Civil Veterinary Department. Madras. Admin. report 1926-33 - 1926-1933
Year: 1926
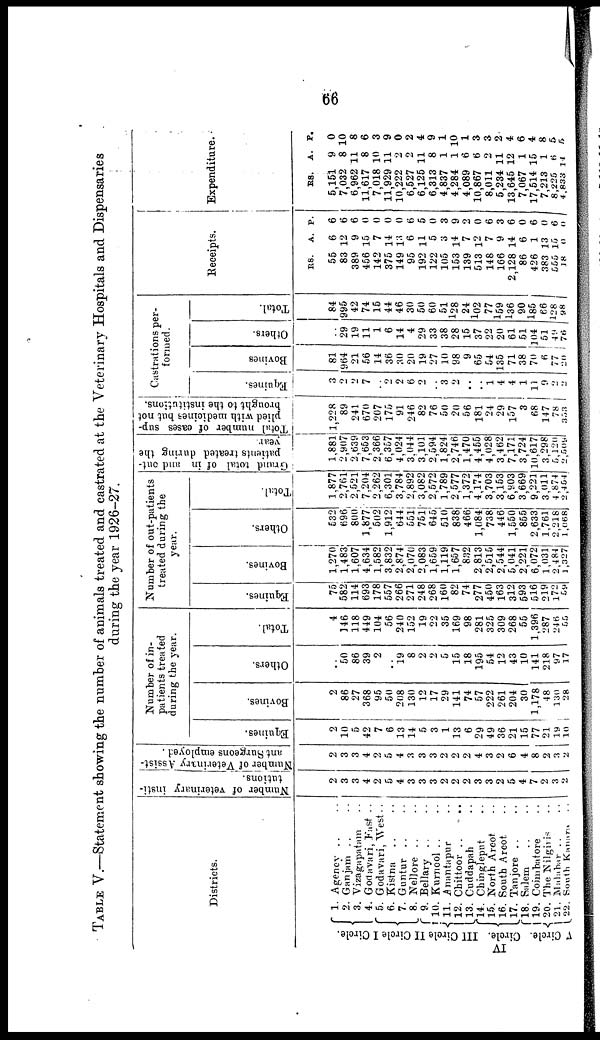
66
TABLE V.—Statement showing the number of animals treated and castrated at the Veterinary Hospitals and Dispensaries
during the year 1926-27.
Districts.
I Circle,
II Circle
III Circle
IV
Circle.
V Circle.
1. Agency .. ..
2. Ganjam .. ..
3. Vizagapatam
..
4. Godavari East ..
5. Godavari, West ..
6. Kistna
.. ..
7. Guntur ..
8. Nellore ..
9. Bellary .. ..
10. Kurnool ..
11. Anantapur ..
12. Chittoor .. ..
13. Cuddapah ..
14. Chingleput ..
15. North Arcot ..
16. South Arcot
17. Tanjore .. ..
18. Salem .. ..
19. Coimbatore ..
20. The Nilgiris ..
21. Malabar .. ..
22. South Kanara ..
Number of veterinary insti
tutions.
2
3
3
4
2
5
4
3
3
3
2
2
2
3
3
2
5
4
7
2
3
2
Number of Veterinary Assist
ant Surgeons employed.
2
3
3
4
2
5
4
3
3
3
2
2
2
4
3
2
6
4
8
2
3
2
Number of in
patients treated
during the year.
Equines.
2
10
5
42
7
6
13
14
5
3
1
13
6
29
49
36
21
15
77
21
19
10
Bovines.
2
86
27
368
95
50
208
130
12
17
29
141
74
57
222
261
204
30
1,178
48
130
28
Others.
■
50
86
39
2
..
19
8
2
2
5
15
18
195
54
12
43
10
141
218
97
17
Total.
4
146
118
449
104
56
240
152
19
22
35
169
98
281
325
309
268
55
1,396
287
246
55
Number of out-patients
treated during the
year.
Equines.
75
582
114
693
178
557
266
271
248
268
160
82
74
277
450
163
312
593
516
219
172
59
Bovines.
1,270
1,483
1,607
4,634
1,582
3,832
2,874
2,070
2,083
1,659
1,119
1,657
832
2 813
2,515
2 544
5,041
2 221
6,072
1 031
2,184
1,327
Others.
532
696
800
1,877
502
1,912
644
551
751
645
510
838
466
1,084
738
446
1,550
855
2,633
1,761
2,218
1,068
Total.
1,877
2,761
2,521
7,204
2,262
6,301
3,784
2,892
3,082
2,572
1,789
2,577
1,372
4,174
3,703
3,153
6,903
3,669
9,221
3,011
4,874
2,454
Grand total of in and out-
patients treated during the
year.
1,881
2,907
2,639
7,653
2,366
6,357
4,024
3.044
3,101
2 594
1,824
2 746
1,470
4,455
4,028
3,462
7,171
3,724
10,617
3,298
5,120
2,509
Total number of cases sup
plied with medicines but not
brought to the institutions,
1,228
89
241
670
207
175
91
246
82
76
50
20
56
181
24
29
157
3
68
147
78
353
Castrations per
formed.
Equines.
3
2
2
7
..
2
2
6
2
..
3
2
..
..
1
4
4
1
11
9
2
2
Bovines
81
964
21
56
14
36
30
20
19
27
10
98
9
65
54
135
71
38
70
6
77
20
Others.
..
29
19
11
1
6
14
4
29
33
38
28
15
37
22
20
61
51
104
51
4 9
76
Total.
84
995
42
74
15
44
46
30
50
60
51
128
24
102
77
l59
136
90
185
66
128
98
Receipts.
RS.
55
83
389
456
142
375
149
95
192
122
105
153
139
513
148
166
2,128
86
426
383
555
18
A.
6
12
9
15
7
14
13
6
11
5
3
14
7
12
7
9
14
6
1
13
15
0
P.
6
6
6
0
0
0
0
6
5
0
3
9
2
0
6
3
6
0
6
0
6
0
Expenditure.
RS.
5,151
7,032
6,962
11,617
7,018
11,929
10,222
6,527
6,125
6,313
4,837
4,284
4,089
10,867
8,011
5,234
13,645
7,067
17,514
7,213
8,225
4,833
A.
9
8
11
8
10
11
2
2
11
8
1
1
6
6
2
11
12
1
15
1
6
14
P.
0
10
8
6
3
9
0
2
4
9
1
10
1
3
3
2
4
6
4
8
5
5